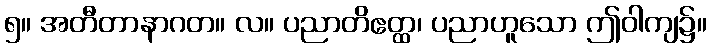
၅။ အတီတာနာဂတ။ လ။ ပညာတိဧတ္ထ၊ ပညာဟူသော ဤဝါကျ၌။